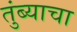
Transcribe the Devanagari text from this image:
तुंब्याचा